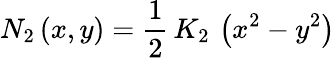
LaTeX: N_{2}\left(x,y\right)=\frac{1}{2}\, K_{2}\, \left(x^{2}-y^{2}\right)